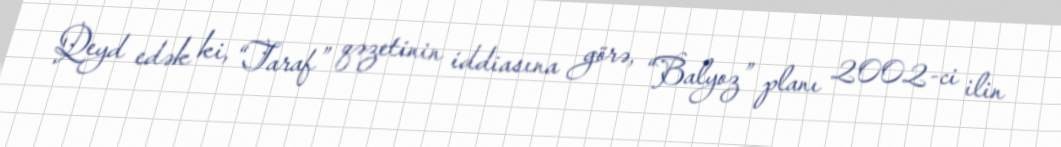
Qeyd edək ki, “Taraf” qəzetinin iddiasına görə, “Balyoz” planı 2002-ci ilin